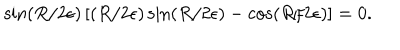
\sin \left( R / 2 \epsilon \right) \left[ \left( R / 2 \epsilon \right) \sin \left( R / 2 \epsilon \right) - \cos \left( R / 2 \epsilon \right) \right] = 0 .